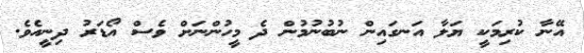
އޭނާ ކުރިމަކީ ޔަލާ އަނގައިން ނުބުނުމުން ދެ މީހުންނަށް ވެސް އޯޑަރު ދިނީއެވެ.